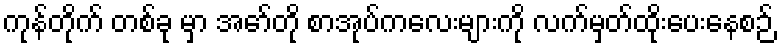
ကုန်တိုက် တစ်ခု မှာ အော်တို စာအုပ်ကလေးများကို လက်မှတ်ထိုးပေးနေစဉ်